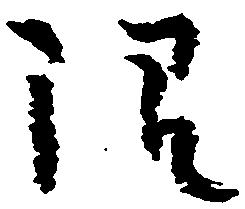
限